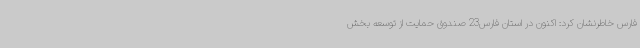
فارس خاطرنشان کرد: اکنون در استان فارس23 صندوق حمایت از توسعه بخش